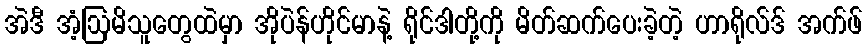
အဲဒီ အံ့ဩမိသူတွေထဲမှာ အိုပဲန်ဟိုင်မာနဲ့ ရိုင်ဒါတို့ကို မိတ်ဆက်ပေးခဲ့တဲ့ ဟာရိုလ်ဒ် အက်ဖ်